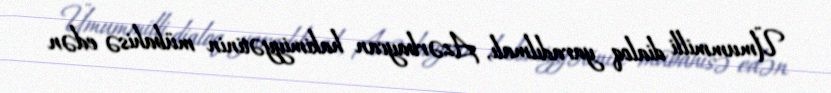
Ümummilli dialoq yaradılmalı, Azərbaycan hakimiyyətinin mübahisə edən